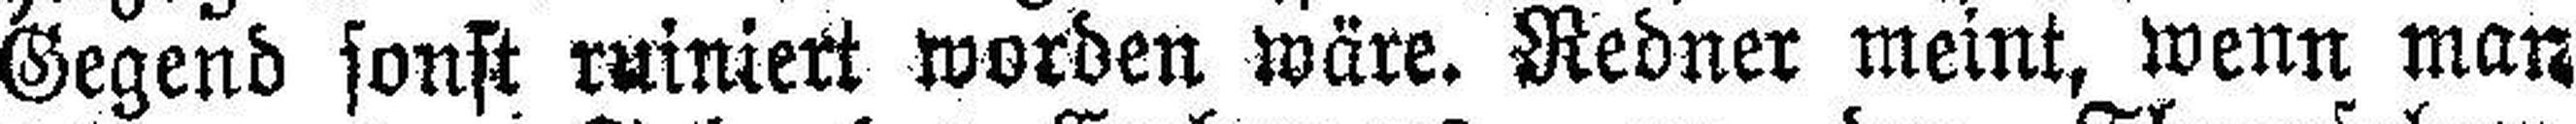
Gegend sonst ruiniert worden wäre. Redner meint, wenn man